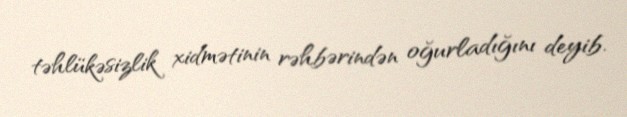
təhlükəsizlik xidmətinin rəhbərindən oğurladığını deyib.